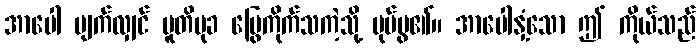
အာပေါ ပျက်လျှင် ပူတိမုခ မြွေကိုက်သကဲ့သို့ ပုပ်ပွ၏။ အာပေါနှံ့သော ဤ ကိုယ်သည်